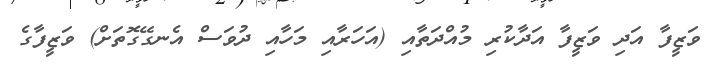
ވަޒީފާ އަދި ވަޒީފާ އަދާކުރި މުއްދަތާއި (އަހަރާއި މަހާއި ދުވަސް އެނގޭގޮތަށް) ވަޒީފާގެ